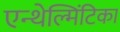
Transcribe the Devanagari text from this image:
एन्थेल्मिंटिका